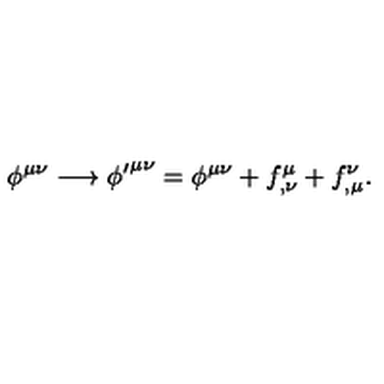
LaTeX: \phi ^ { \mu \nu } \longrightarrow { \phi ^ { \prime } } ^ { \mu \nu } = \phi ^ { \mu \nu } + f _ { , \nu } ^ { \mu } + f _ { , \mu } ^ { \nu } .